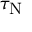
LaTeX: \tau _ { \mathrm { N } }